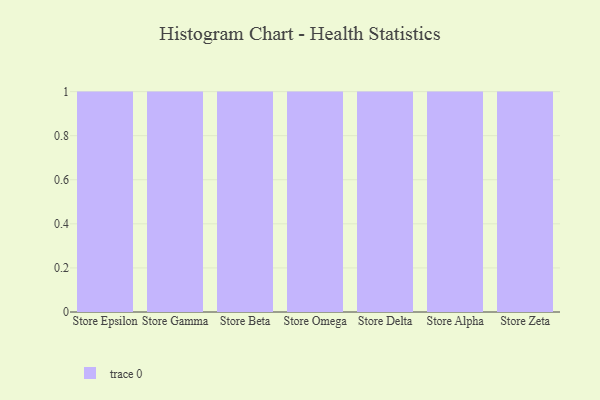
{"axis": {"x": "Store", "y": "Demand Index"}, "legend": [""], "data": [{"x": "Store Epsilon", "y": 10, "type": ""}, {"x": "Store Gamma", "y": 80, "type": ""}, {"x": "Store Beta", "y": 71, "type": ""}, {"x": "Store Omega", "y": 96, "type": ""}, {"x": "Store Delta", "y": 72, "type": ""}, {"x": "Store Alpha", "y": 52, "type": ""}, {"x": "Store Zeta", "y": 29, "type": ""}]}